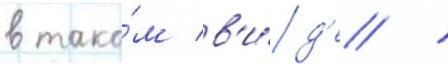
в тако́м в'и́д'е /